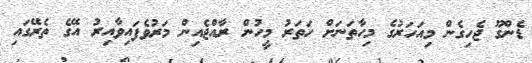
ޑެންގޫ ޖެހިގެން މިއަހަރުގެ މިހާތަނަށް ހަތަރު މީހުން ރާއްޖެއިން މަރުވެފައިވާއިރު އޭގެ ތެރޭގައި